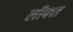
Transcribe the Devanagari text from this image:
लीफ्स